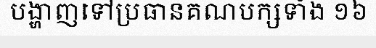
បង្ហាញទៅប្រធានគណបក្សទាំង ១៦